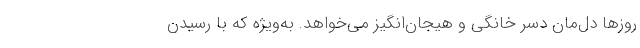
روزها دل‌مان دسر خانگی و هیجان‌انگیز می‌خواهد. به‌ویژه که با رسیدن